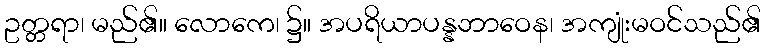
ဥတ္တရာ၊ မည်၏။ လောကေ၊ ၌။ အပရိယာပန္နဘာဝေန၊ အကျုံးမဝင်သည်၏